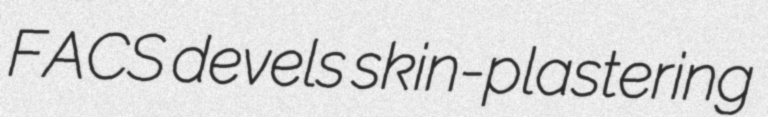
FACS devels skin-plastering